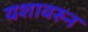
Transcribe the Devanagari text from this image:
यशावरुन